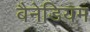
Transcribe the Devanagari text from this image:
बैनेडियम